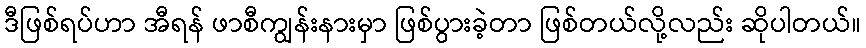
ဒီဖြစ်ရပ်ဟာ အီရန် ဖာစီကျွန်းနားမှာ ဖြစ်ပွားခဲ့တာ ဖြစ်တယ်လို့လည်း ဆိုပါတယ်။